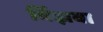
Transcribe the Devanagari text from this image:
बिँझवा